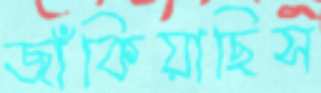
জাঁকিয়াছিস